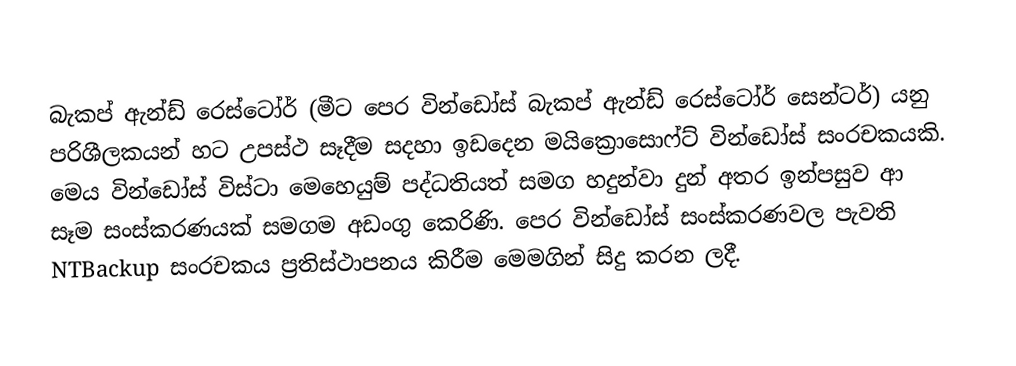
බැකප් ඇන්ඩ් රෙස්ටෝර් (මීට පෙර වින්ඩෝස් බැකප් ඇන්ඩ් රෙස්ටෝර් සෙන්ටර්) යනු පරිශීලකයන් හට උපස්ථ සෑදීම සදහා ඉඩදෙන මයික්‍රොසොෆ්ට් වින්ඩෝස් සංරචකයකි. මෙය වින්ඩෝස් විස්ටා මෙහෙයුම් පද්ධතියත් සමග හදුන්වා දුන් අතර ඉන්පසුව ආ සෑම සංස්කරණයක් සමගම අඩංගු කෙරිණි. පෙර වින්ඩෝස් සංස්කරණවල පැවති NTBackup සංරචකය ප්‍රතිස්ථාපනය කිරීම මෙමගින් සිදු කරන ලදී.